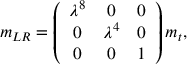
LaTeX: m _ { L R } = \left( \begin{array} { c c c } { { \lambda ^ { 8 } } } & { { 0 } } & { { 0 } } \\ { { 0 } } & { { \lambda ^ { 4 } } } & { { 0 } } \\ { { 0 } } & { { 0 } } & { { 1 } } \end{array} \right) m _ { t } ,